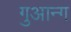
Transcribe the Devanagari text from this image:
गुआन्ग